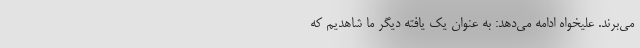
می‌برند. علیخواه ادامه می‌دهد: به عنوان یک یافته دیگر ما شاهدیم که